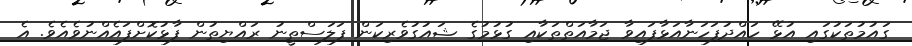
ގައުމުތަކުގައި އުޅޭ ހައްދުފަހަނާއަޅާފައިވާ ޖަމާއަތްތަކާއި ގުޅުމުގެ ޝައުގުވެރިކަން ފަލަސްތީނު ރައްޔިތުން ފާޅުކޮށްފައެއްނުވެއެވެ. އެ